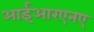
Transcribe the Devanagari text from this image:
आईआरएनए